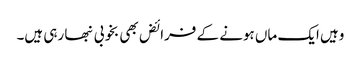
وہیں ایک ماں ہونے کے فرائض بھی بخوبی نبھا رہی ہیں۔